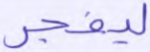
ليفجر